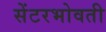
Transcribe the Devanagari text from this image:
सेंटरभोवती